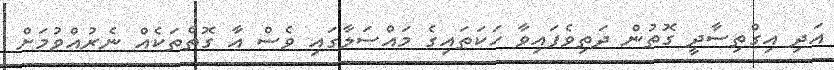
އަދި އިގްތިސާދީ ގޮތުން ދަތިވެފައިވާ ހަކަތައިގެ މައްސަލާގައި ވެސް އާ ގޮތްތަކެއް ނެރުއްވުމަށް